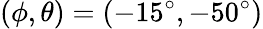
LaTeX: (\phi,\theta)=(-15^{\circ},-50^{\circ})